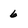
Character: 6